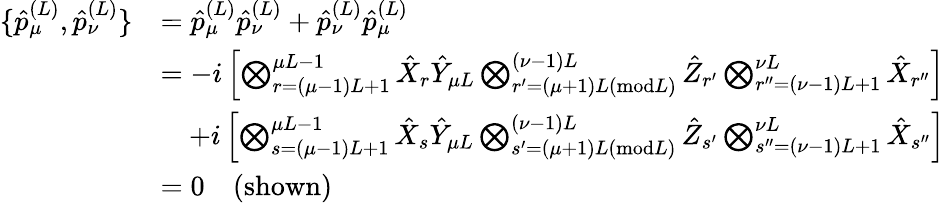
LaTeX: \begin{array}{rl}{\{ \hat{p}_{\mu}^{(L)},\hat{p}_{\nu}^{(L)}\} }&{=\hat{p}_{\mu}^{(L)}\hat{p}_{\nu}^{(L)}+\hat{p}_{\nu}^{(L)}\hat{p}_{\mu}^{(L)}}\\ &{=-i\left[\bigotimes_{r=(\mu-1)L+1}^{\mu L-1}\hat{X}_{r}\hat{Y}_{\mu L}\bigotimes_{r^{\prime}=(\mu+1)L(\textrm{mod}L)}^{(\nu-1)L}\hat{Z}_{r^{\prime}}\bigotimes_{r^{\prime\prime}=(\nu-1)L+1}^{\nu L}\hat{X}_{r^{\prime\prime}}\right]}\\ &{\quad+i\left[\bigotimes_{s=(\mu-1)L+1}^{\mu L-1}\hat{X}_{s}\hat{Y}_{\mu L}\bigotimes_{s^{\prime}=(\mu+1)L(\textrm{mod}L)}^{(\nu-1)L}\hat{Z}_{s^{\prime}}\bigotimes_{s^{\prime\prime}=(\nu-1)L+1}^{\nu L}\hat{X}_{s^{\prime\prime}}\right]}\\ &{=0\quad\textrm{(shown)}}\end{array}